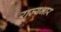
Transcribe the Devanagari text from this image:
राज्‍यभार